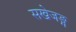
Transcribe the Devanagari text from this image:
सखेजङ्ग